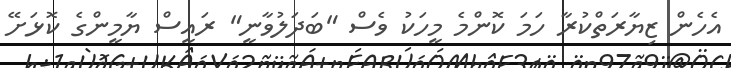
އެހެން ޒިޔާރަތްކުރާ ހަމަ ކޮންމެ މީހަކު ވެސް "ބަދަލުވާނީ" ރައީސް ޔާމީންގެ ކޮޅަށޭ